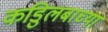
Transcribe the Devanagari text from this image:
कडुिलबाच्या